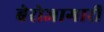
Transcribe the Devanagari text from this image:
बेरोजागारी